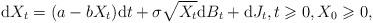
LaTeX: \begin{align*}\mathrm{d}X_{t}=(a-bX_{t})\mathrm{d}t+\sigma\sqrt{X_{t}}\mathrm{d}B_{t}+\mathrm{d}J_{t},t\geqslant0,X_{0}\geqslant0,\end{align*}